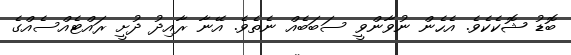
ބޮޑު ޝޮކެކެވެ. އެހެން ނުވާންވީ ސަބަބެއް ނެތެވެ. އޭނާ ރާއިދު ދުށީ ރައްޓެއްސެއްގެ